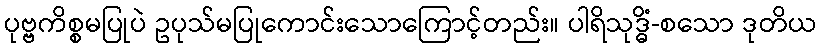
ပုဗ္ဗကိစ္စမပြုပဲ ဥပုသ်မပြုကောင်းသောကြောင့်တည်း။ ပါရိသုဒ္ဓိံ-စသော ဒုတိယ